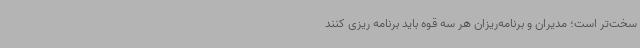
سخت‌تر است؛ مدیران و برنامه‌ریزان هر سه قوه باید برنامه ریزی کنند